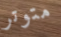
متوتر